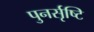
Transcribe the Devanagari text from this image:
पुनर्सृष्टि